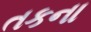
તકના